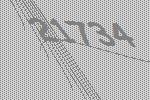
21734